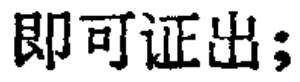
即可证出；